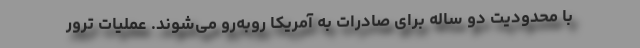
با محدودیت دو ساله برای صادرات به آمریکا روبه‌رو می‌شوند. عملیات ترور